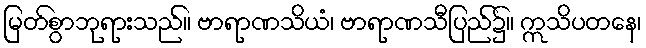
မြတ်စွာဘုရားသည်။ ဗာရာဏသိယံ၊ ဗာရာဏသီပြည်၌။ ဣသိပတနေ၊